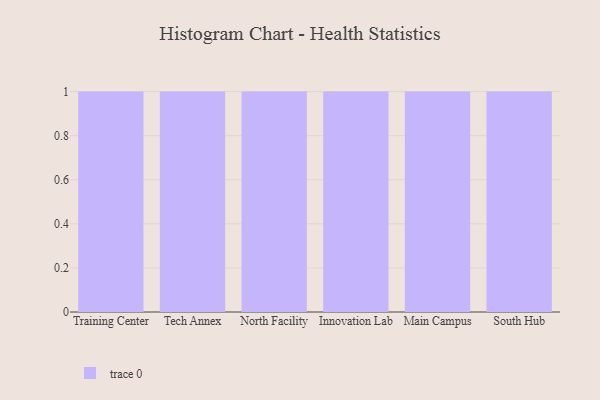
{"axis": {"x": "Campus", "y": "Conversion Rate (%)"}, "legend": [""], "data": [{"x": "Training Center", "y": 59, "type": ""}, {"x": "Tech Annex", "y": 47, "type": ""}, {"x": "North Facility", "y": 28, "type": ""}, {"x": "Innovation Lab", "y": 51, "type": ""}, {"x": "Main Campus", "y": 82, "type": ""}, {"x": "South Hub", "y": 90, "type": ""}]}